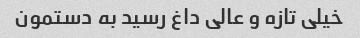
خیلی تازه و عالی داغ رسید به دستمون